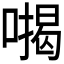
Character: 𭊪